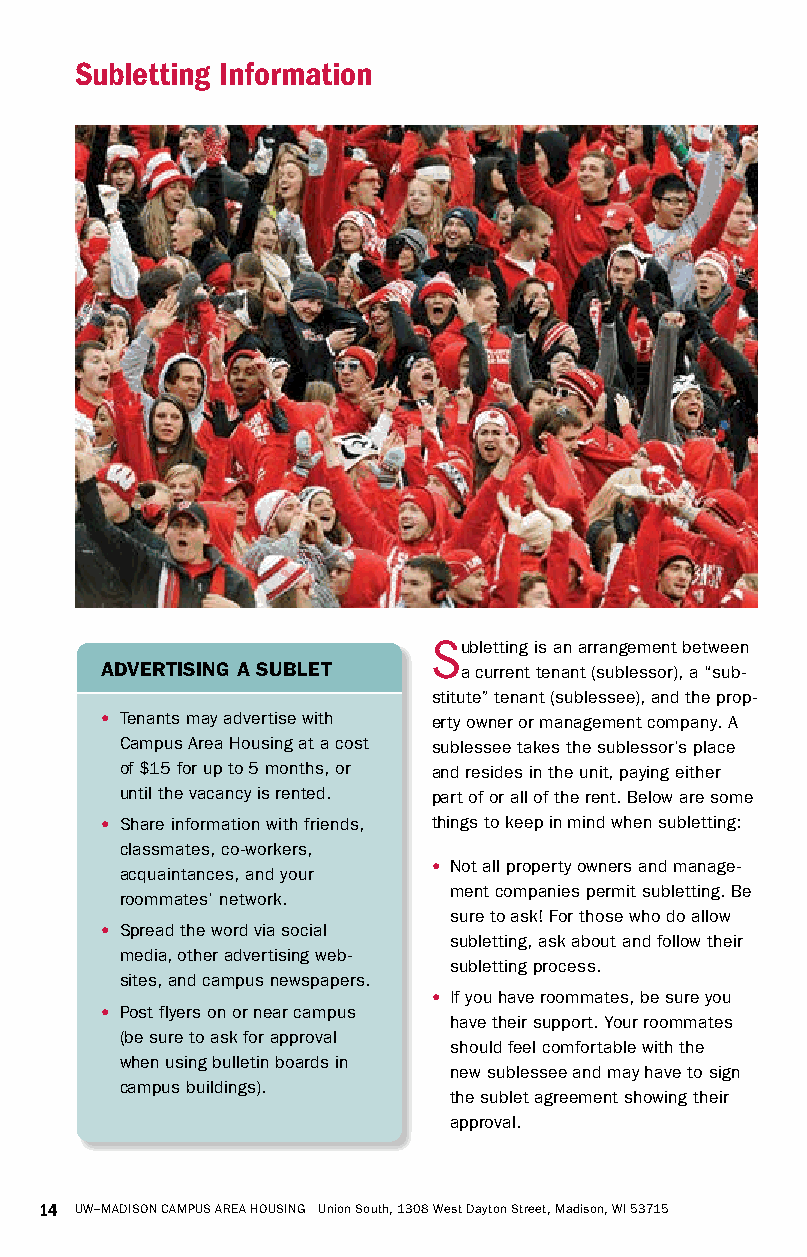
Subletting Information
 Subletting is an arrangement between
 ADVERTISING A SUBLET   a current tenant (sublessor), a “sub-
 stitute” tenant (sublessee), and the prop-
 • Tenants may advertise with erty owner or management company. A
 Campus Area Housing at a cost sublessee takes the sublessor’s place
 of $15 for up to 5 months, or and resides in the unit, paying either
 until the vacancy is rented. part of or all of the rent. Below are some
 • Share information with friends, things to keep in mind when subletting:
 classmates, co-workers,
 • Not all property owners and manage-
 acquaintances, and your
 ment companies permit subletting. Be
 roommates’ network.
 sure to ask! For those who do allow
 • Spread the word via social
 subletting, ask about and follow their
 media, other advertising web-
 subletting process.
 sites, and campus newspapers.
 • If you have roommates, be sure you
 • Post flyers on or near campus
 have their support. Your roommates
 (be sure to ask for approval
 should feel comfortable with the
 when using bulletin boards in
 new sublessee and may have to sign
 campus buildings).
 the sublet agreement showing their
 approval.
 14 UW–MADISON CAMPUS AREA HOUSING Union South, 1308 West Dayton Street, Madison, WI 53715